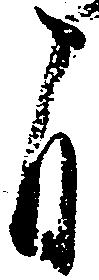
自